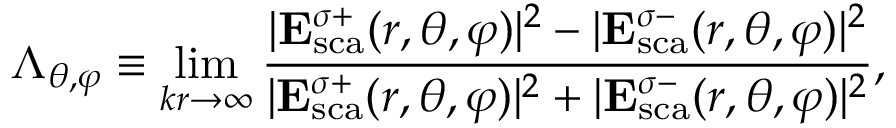
\Lambda _ { \theta , \varphi } \equiv \operatorname* { l i m } _ { k r \rightarrow \infty } \frac { | \mathbf { E } _ { \mathrm { { s c a } } } ^ { \sigma + } ( r , \theta , \varphi ) | ^ { 2 } - | \mathbf { E } _ { \mathrm { s c a } } ^ { \sigma - } ( r , \theta , \varphi ) | ^ { 2 } } { | \mathbf { E } _ { \mathrm { { s c a } } } ^ { \sigma + } ( r , \theta , \varphi ) | ^ { 2 } + | \mathbf { E } _ { \mathrm { s c a } } ^ { \sigma - } ( r , \theta , \varphi ) | ^ { 2 } } ,